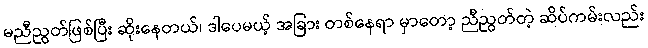
မညီညွတ်ဖြစ်ပြီး ဆိုးနေတယ်၊ ဒါပေမယ့် အခြား တစ်နေရာ မှာတော့ ညီညွတ်တဲ့ ဆိပ်ကမ်းလည်း